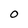
Character: O